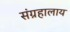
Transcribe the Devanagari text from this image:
संग्रहालाय